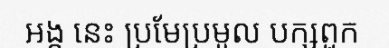
អង្គ នេះ ប្រមែប្រមូល បក្សពួក